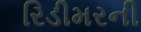
રિડીમરની